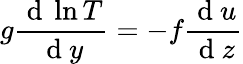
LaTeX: g\frac{\mathrm{~d~}\ln T}{\mathrm{~d~}y}=-f\frac{\mathrm{~d~}u}{\mathrm{~d~}z}